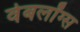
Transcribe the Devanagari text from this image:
वेबलॉग्स